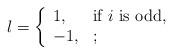
LaTeX: \begin{align*}l = \left\{\begin{array}{lll}1, & \hbox{if $i$ is odd,} \\-1, & \hbox{;}\end{array}\right.\end{align*}